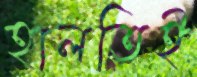
হালতিই